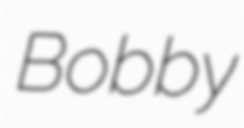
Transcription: Bobby